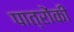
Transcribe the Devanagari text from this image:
पात्रोंकी